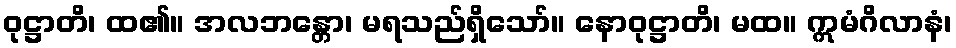
ဝုဋ္ဌာတိ၊ ထ၏။ အလဘန္တော၊ မရသည်ရှိသော်။ နောဝုဋ္ဌာတိ၊ မထ။ ဣမံဂိလာနံ၊